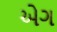
એગ